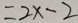
= 2 x - 2